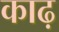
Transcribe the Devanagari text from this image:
काढ़